Civil Veterinary Department. Madras. Admin. report 1926-33 - 1926-1933
Year: 1926
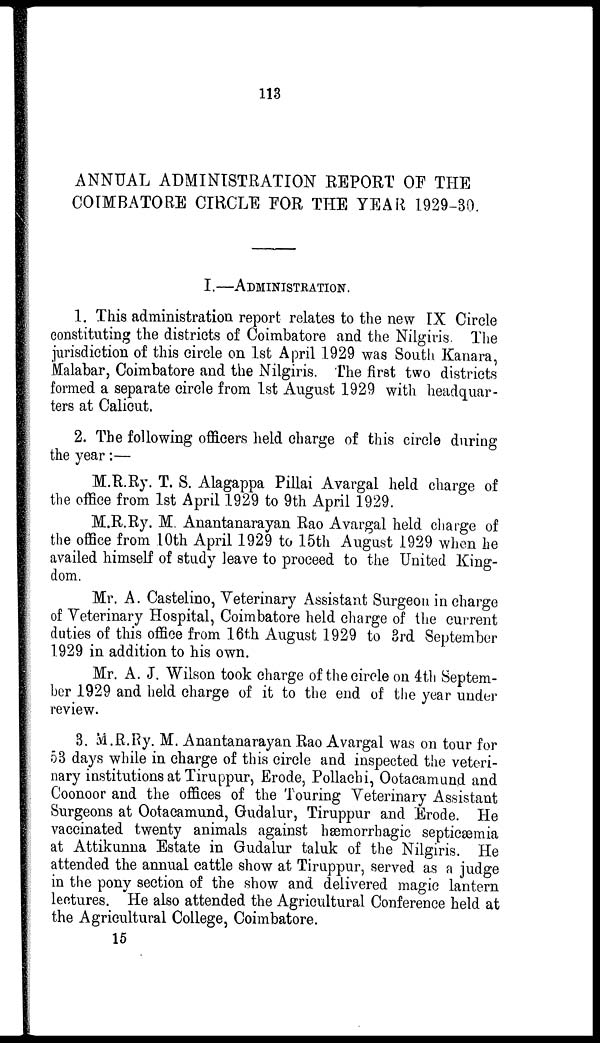
113
ANNUAL ADMINISTRATION REPORT OF THE
COIMBATORE CIRCLE FOR THE YEAR 1929-30.
I.—ADMINISTRATION.
1. This administration report relates to the new IX Circle
constituting the districts of Coimbatore and the Nilgiris. The
jurisdiction of this circle on 1st April 1929 was South Kanara,
Malabar, Coimbatore and the Nilgiris. The first two districts
formed a separate circle from 1st August 1929 with headquar-
ters at Calicut.
2. The following officers held charge of this circle during
the year:—
M.R.Ry. T. S. Alagappa Pillai Avargal held charge of
the office from 1st April 1929 to 9th April 1929.
M.R.Ry. M. Anantanarayan Rao Avargal held charge of
the office from 10th April 1929 to 15th August 1929 when he
availed himself of study leave to proceed to the United King-
dom.
Mr. A. Castelino, Veterinary Assistant Surgeon in charge
of Veterinary Hospital, Coimbatore held charge of the current
duties of this office from 16th August 1929 to 3rd September
1929 in addition to his own.
Mr. A. J. Wilson took charge of the circle on 4th Septem-
ber 1929 and held charge of it to the end of the year under
review.
3. M.R.Ry. M. Anantanarayan Rao Avargal was on tour for
53 days while in charge of this circle and inspected the veteri-
nary institutions at Tiruppur, Erode, Pollachi, Ootacamund and
Coonoor and the offices of the Touring Veterinary Assistant
Surgeons at Ootacamund, Gudalur, Tiruppur and Erode. He
vaccinated twenty animals against hæmorrhagic septicæmia
at Attikunna Estate in Gudalur taluk of the Nilgiris. He
attended the annual cattle show at Tiruppur, served as a judge
in the pony section of the show and delivered magic lantern
lectures. He also attended the Agricultural Conference held at
the Agricultural College, Coimbatore.
15